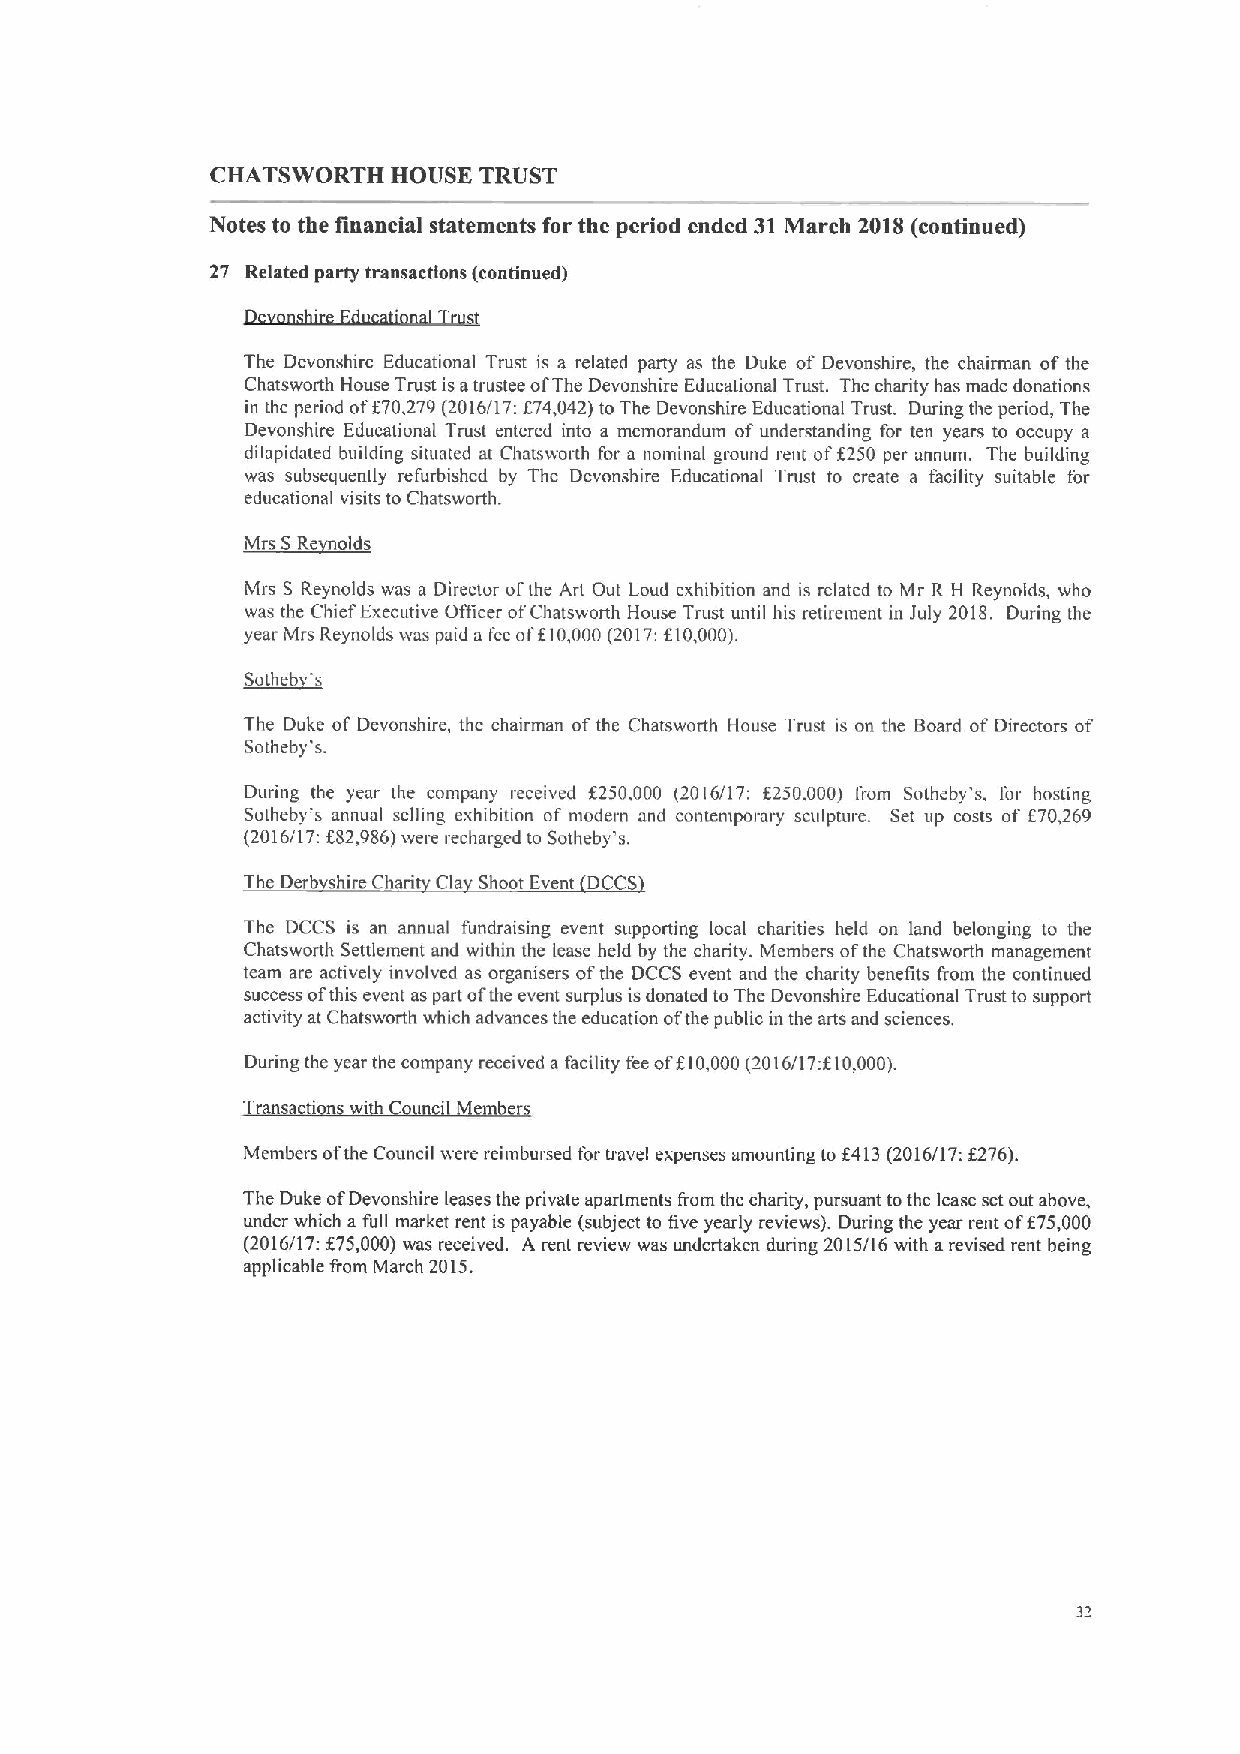
CHATS WORTH HOUSE TRUST
 Notes to the financial statements for the period ended 31March 2018 (continued)
 27 Related party transactions (continued)
 The Devonshire Educational Trust is a related party as the Duke of Devonshire, the chairman ofthe
 Chatsworth House Trust isatrustee ofThe Devonshire Educational Trust. The charity has made donations
 in the period off70,279(2016/17:f74,042) toThe Devonshire Educational Trust. During the period, The
 Devonshire Educational Trust entered into a memorandum of understanding for ten years to occupy a
 dilapidated building situated at Chatsworth for a nominal ground rent off250 per annum. The building
 was subsequently refurbished by The Devonshire Educational Trust to create a facility suitable for
 educational visits to Chatsworth.
 r
 ~Ms    ld
 Mrs S Reynolds was a Director ofthe Art Out Loud exhibition and is related to Mr R H Reynolds, who
 was the Chief Executive OAicer ofChatsworth House Trust until his retirement in July 2018. During the
 year Mrs Reynolds was paid a fee ot'f10,000(2017:f10,000).
 ~Sotheb s
 The Duke of Devonshire, the chairman ofthe Chatsworth House Trust is on the Board of Directors of
 Sotheby*s.
 During the year the company received f260,000 (2016/17: t260.000) from Sotheby's, for hosting
 Sotheby's annual selling exhibition of modern and contemporaiy sculpture. Set up costs of f70,269
 (2016/17:f82,986)were recharged to Sotheby's.
 The Derb shire Chari Cla Shoot Event DCCS
 The DCCS is an annual fundraising event supporting local charities held on land belonging to the
 Chatsworth Settlement and within the lease held by the charity. Members ofthe Chatsworth management
 team are actively involved as organisers ofthe DCCS event and the charity benefits from the continued
 success ofthis event aspart ofthe event surplus isdonated to The Devonshire Educational Trust to support
 activity at Chatsworth which advances the education ofthe public in the arts and sciences.
 During the year the company received a facility feeof110000(2016/17 f10000).
 Transacti n wi h
 Members ofthe Council stere reimbursed for travel expenses amounting to f4 (3(2016/17:f276).
 The Duke ofDevonshire leases the private apartments from the charity, pursuant tothe lease set out above,
 under which a full market rent is payable (subject to five yearly reviews). During the year rent off 75,000
 (2016/17:f75,000) was received. A rent review was undertaken during 20)5/16 with arevised rent being
 applicable from March 2015.
 32